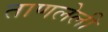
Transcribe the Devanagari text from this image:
ताणलेली